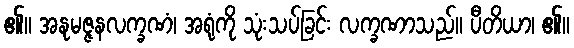
၏။ အနုမဇ္ဇနလက္ခဏံ၊ အရုံကို သုံးသပ်ခြင်း လက္ခဏာသည်။ ပီတိယာ၊ ၏။